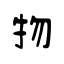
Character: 物